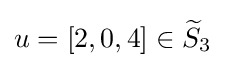
u=[2,0,4]\in {\widetilde {S}}_{3}